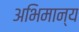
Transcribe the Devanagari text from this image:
अभिमान्य